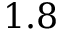
1 . 8